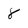
Character: 8